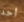
أحد